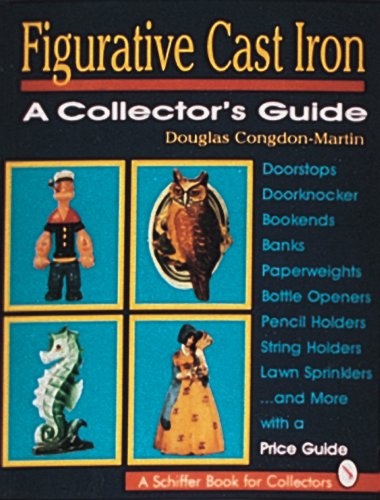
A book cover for Figurative Cast Iron: A Collector's Guide (A Schiffer Book for Collectors); Douglas Congdon-Martin; Crafts, Hobbies & Home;